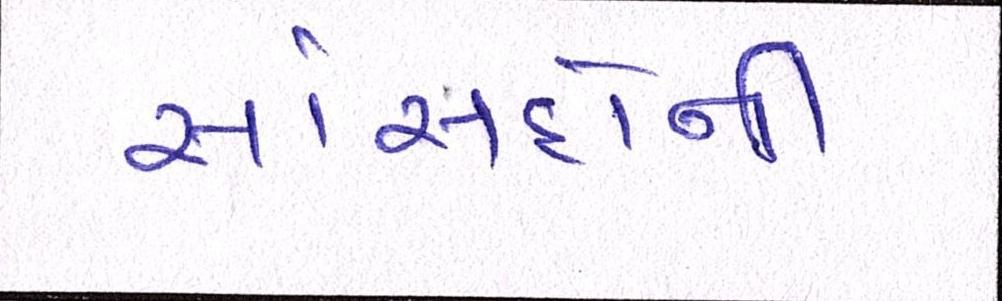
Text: સાંસદોની